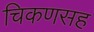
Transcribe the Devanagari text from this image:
चिकणसह